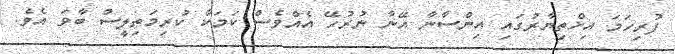
ފުރިހަމަ އިޚްތިޔާރުގައި އިންސާނާ އޭނާ ނުރުހޭ އެއްވެސް ކަމަކާ ކުރިމަތިލީސް ބާވަ އެވެ.